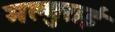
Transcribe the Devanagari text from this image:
मल्गुराई